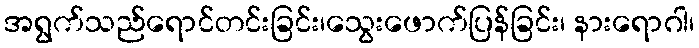
အရွက်သည်ရောင်တင်းခြင်း၊သွေးဖောက်ပြန်ခြင်း၊ နားရောဂါ၊